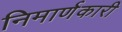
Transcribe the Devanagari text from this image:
निमार्णकारी